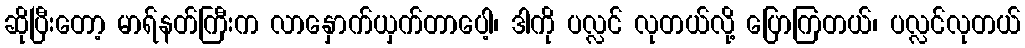
ဆိုပြီးတော့ မာရ်နတ်ကြီးက လာနှောက်ယှက်တာပေါ့၊ ဒါကို ပလ္လင် လုတယ်လို့ ပြောကြတယ်၊ ပလ္လင်လုတယ်